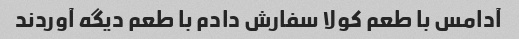
آدامس با طعم کولا سفارش دادم با طعم دیگه آوردند